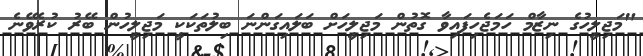
"މަޖިލީހުގެ ނިޒާމް ހަމަޖެހިފައިވާ ގޮތުން މަޖިލީހަށް ބަލައިގަންނަ ބިލުތަކަކީ މަޖިލީހުން ބޭރު ކުރެވޭނެ